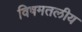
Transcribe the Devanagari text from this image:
विषमतलीय